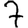
Digit: 7